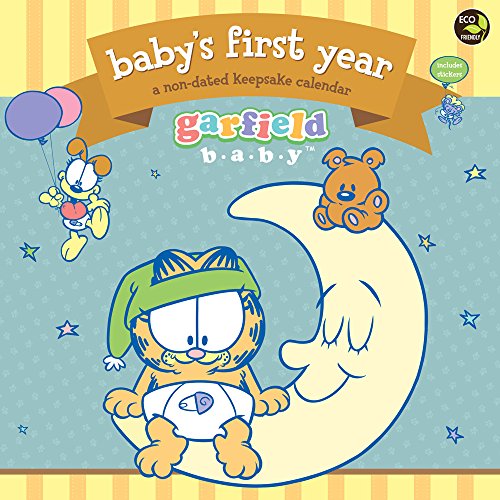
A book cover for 2015 Baby's First Year: Garfield Wall Calendar; TF PUBLISHING; Calendars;